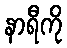
နာရီကို